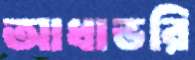
আধাভরি